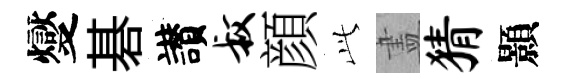
燮碁讃叔顔𬼘𥁞猜顥